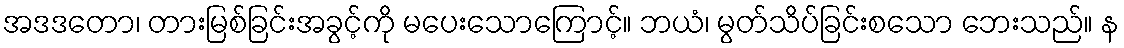
အဒဒတော၊ တားမြစ်ခြင်းအခွင့်ကို မပေးသောကြောင့်။ ဘယံ၊ မွတ်သိပ်ခြင်းစသော ဘေးသည်။ န